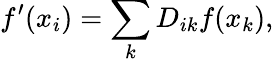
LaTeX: f^{\prime}(x_{i})=\sum_{k}D_{ik}f(x_{k}),